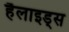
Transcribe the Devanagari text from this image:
हैलाइड्स